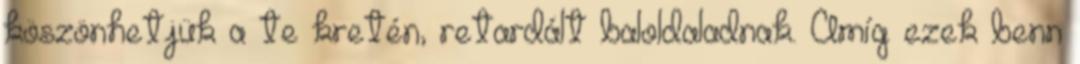
köszönhetjük a te kretén, retardált baloldaladnak. Amíg ezek benn